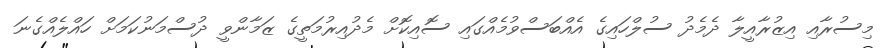
މިސުރާއި އިޒުރާއީލާ ދެމެދު ސުލްހައިގެ އެއްބަސްވުމެއްގައި ސޮއިކޮށް މެދުއިރުމަތީގެ ޒަމާންވީ ދުސްމަނުކަމަށް ހައްލެއްގެނަ